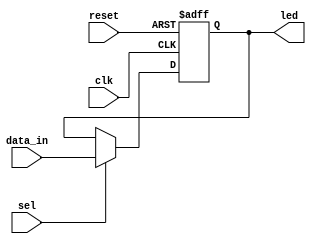
module xled (
		input	   reset,
		input 	    clk,
		input 	    sel,
		input  	data_in,
		output reg led
		);

 always @(posedge clk,posedge reset)
   if (reset)
     led <= 1'b0;
   else if(sel)
     led <= data_in;
     

endmodule